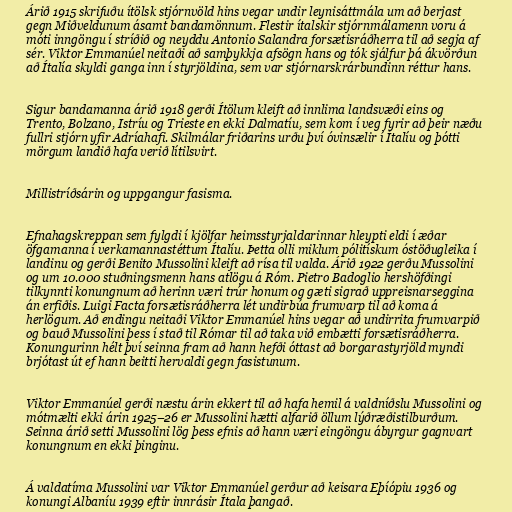
Árið 1915 skrifuðu ítölsk stjórnvöld hins vegar undir leynisáttmála um að berjast
gegn Miðveldunum ásamt bandamönnum. Flestir ítalskir stjórnmálamenn voru á
móti inngöngu í stríðið og neyddu Antonio Salandra forsætisráðherra til að segja af
sér. Viktor Emmanúel neitaði að samþykkja afsögn hans og tók sjálfur þá ákvörðun
að Ítalía skyldi ganga inn í styrjöldina, sem var stjórnarskrárbundinn réttur hans.

Sigur bandamanna árið 1918 gerði Ítölum kleift að innlima landsvæði eins og
Trento, Bolzano, Istríu og Trieste en ekki Dalmatíu, sem kom í veg fyrir að þeir næðu
fullri stjórn yfir Adríahafi. Skilmálar friðarins urðu því óvinsælir í Ítalíu og þótti
mörgum landið hafa verið lítilsvirt.

Millistríðsárin og uppgangur fasisma.

Efnahagskreppan sem fylgdi í kjölfar heimsstyrjaldarinnar hleypti eldi í æðar
öfgamanna í verkamannastéttum Ítalíu. Þetta olli miklum pólitískum óstöðugleika í
landinu og gerði Benito Mussolini kleift að rísa til valda. Árið 1922 gerðu Mussolini
og um 10.000 stuðningsmenn hans atlögu á Róm. Pietro Badoglio hershöfðingi
tilkynnti konungnum að herinn væri trúr honum og gæti sigrað uppreisnarseggina
án erfiðis. Luigi Facta forsætisráðherra lét undirbúa frumvarp til að koma á
herlögum. Að endingu neitaði Viktor Emmanúel hins vegar að undirrita frumvarpið
og bauð Mussolini þess í stað til Rómar til að taka við embætti forsætisráðherra.
Konungurinn hélt því seinna fram að hann hefði óttast að borgarastyrjöld myndi
brjótast út ef hann beitti hervaldi gegn fasistunum.

Viktor Emmanúel gerði næstu árin ekkert til að hafa hemil á valdníðslu Mussolini og
mótmælti ekki árin 1925–26 er Mussolini hætti alfarið öllum lýðræðistilburðum.
Seinna árið setti Mussolini lög þess efnis að hann væri eingöngu ábyrgur gagnvart
konungnum en ekki þinginu.

Á valdatíma Mussolini var Viktor Emmanúel gerður að keisara Eþíópiu 1936 og
konungi Albaníu 1939 eftir innrásir Ítala þangað.